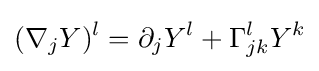
(\nabla _{j}Y)^{l}=\partial _{j}Y^{l}+\Gamma _{jk}^{l}Y^{k}